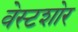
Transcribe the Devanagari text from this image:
वेस्टशोर